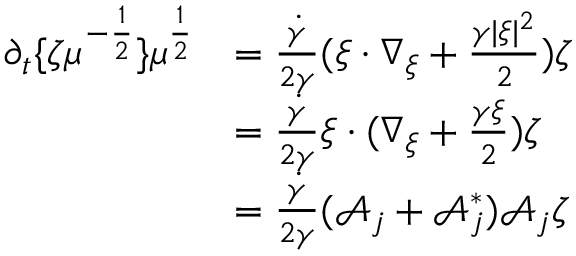
\begin{array} { r l } { \partial _ { t } \{ \zeta \mu ^ { - \frac { 1 } { 2 } } \} \mu ^ { \frac { 1 } { 2 } } } & { = \frac { \dot { \gamma } } { 2 \gamma } ( \xi \cdot \nabla _ { \xi } + \frac { \gamma | \xi | ^ { 2 } } { 2 } ) \zeta } \\ & { = \frac { \dot { \gamma } } { 2 \gamma } \xi \cdot ( \nabla _ { \xi } + \frac { \gamma \xi } { 2 } ) \zeta } \\ & { = \frac { \dot { \gamma } } { 2 \gamma } ( \mathcal A _ { j } + \mathcal A _ { j } ^ { * } ) \mathcal A _ { j } \zeta } \end{array}